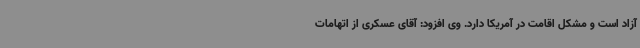
آزاد است و مشکل اقامت در آمریکا دارد. وی افزود: آقای عسکری از اتهامات